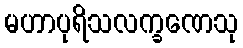
မဟာပုရိသလက္ခဏေသု